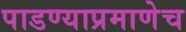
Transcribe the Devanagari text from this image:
पाडण्याप्रमाणेच